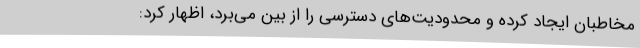
مخاطبان ایجاد کرده و محدودیت‌های دسترسی را از بین می‌برد، اظهار کرد: